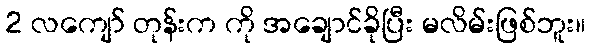
2 လကျော် တုန်းက ကို အချောင်ခိုပြီး မလိမ်းဖြစ်ဘူး။